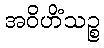
အဝိဟိံသဉ္စ